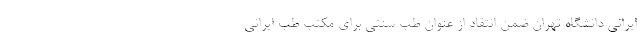
ایرانی دانشگاه تهران ضمن انتقاد از عنوان طب سنتی برای مکتب طب ایرانی